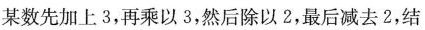
某数先加上3，再乘以3，然后除以2，最后减去2，结